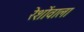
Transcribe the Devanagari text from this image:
रेशोंवाला